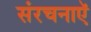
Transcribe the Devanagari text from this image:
संरचनाऍ